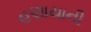
હણાયાની